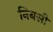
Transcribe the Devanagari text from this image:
निबसी